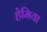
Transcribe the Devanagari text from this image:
हेमिया